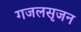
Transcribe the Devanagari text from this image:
गजलसृजन